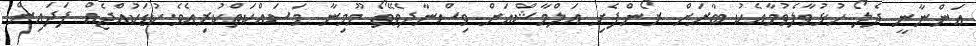
އަންނާނީ ދެލޯ ހުޅުވާލެވުމާއެކު ބާރަށް ރޯންފެށި އަލްމާޝްއަށް ވިސްނާދެވޭތޯ މޫމިނާ މަސައްކަތްކުރިއެވެ.ކުޑަކުއްޖެއް ފަދައިން